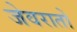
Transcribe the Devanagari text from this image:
जेवरातों